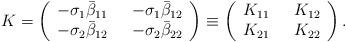
LaTeX: \begin{align*}K=\left(\begin{array}{ll}-\sigma_1\bar\beta_{11} &\ \ -\sigma_1\bar\beta_{12}\\ -\sigma_2\bar\beta_{12} &\ \ -\sigma_2\bar\beta_{22}\end{array}\right) \equiv\left(\begin{array}{ll}K_{11} &\ \ K_{12}\\ K_{21} &\ \ K_{22}\end{array}\right).\end{align*}